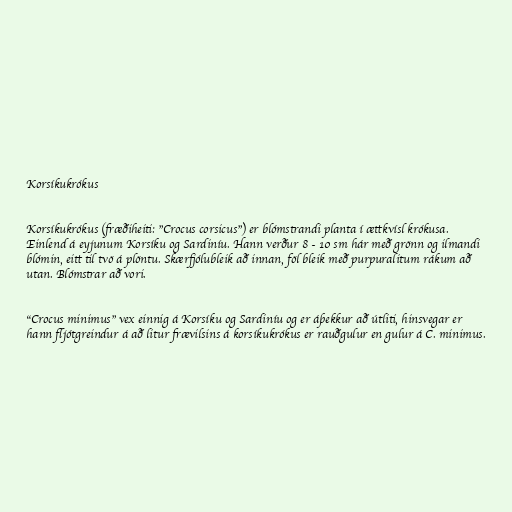
Korsíkukrókus

Korsíkukrókus (fræðiheiti: "Crocus corsicus") er blómstrandi planta í ættkvísl krókusa.
Einlend á eyjunum Korsíku og Sardiníu. Hann verður 8 - 10 sm hár með grönn og ilmandi
blómin, eitt til tvö á plöntu. Skærfjólubleik að innan, föl bleik með purpuralitum rákum að
utan. Blómstrar að vori.

"Crocus minimus" vex einnig á Korsíku og Sardiníu og er áþekkur að útliti, hinsvegar er
hann fljótgreindur á að litur frævilsins á korsíkukrókus er rauðgulur en gulur á C. minimus.